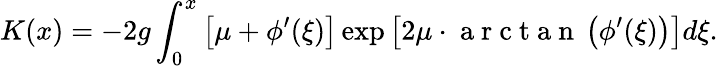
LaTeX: K(x)=-2g\int_{0}^{x}{\left[{\mu+\phi^{\prime}(\xi)}\right]}\exp\left[{2\mu\cdot\mathrm{~a~r~c~t~a~n~}\left({\phi^{\prime}(\xi)}\right)}\right]d\xi.